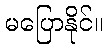
မပြောနိုင်။